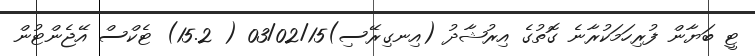
ޓީ ބަޔާން ފުރިހަމަކުރާނެ ގޮތުގެ އިރުޝާދު (އިނގިރޭސި)03/02/15 ( 15.2) ޓެކްސް އޭޖެންޓުން